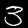
Digit: 3